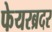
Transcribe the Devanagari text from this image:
फेयरब्रदर